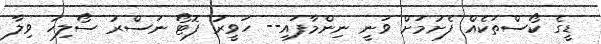
ޑީގެ ކޯސްތަކެއް ފެށުމަށް ވަނީ ނިންމާފައި-- ހަވީރު ފޮޓޯ ނަސްރު ސޯލިހު ވިލާ